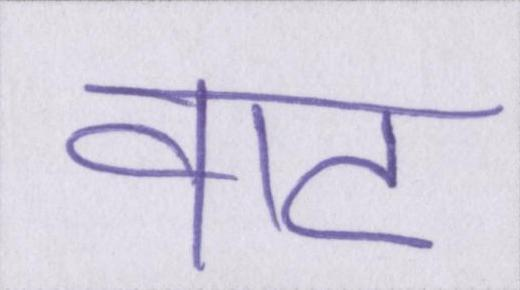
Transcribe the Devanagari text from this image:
वाट